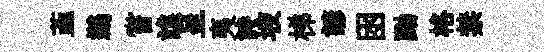
韮鷀嘗譙呈夷詩坡梯諺囦黝格禁